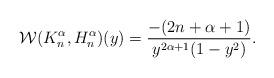
LaTeX: \begin{align*}\mathcal{W}(K_n^{\alpha},H^{\alpha}_n)(y)=\frac{-(2n+\alpha+1)}{y^{2\alpha+1}(1-y^2)}.\end{align*}